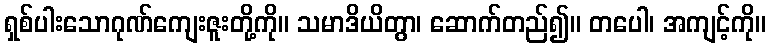
ရှစ်ပါးသောဂုဏ်ကျေးဇူးတို့ကို။ သမာဒိယိတွာ၊ ဆောက်တည်၍။ တပေါ၊ အကျင့်ကို။